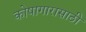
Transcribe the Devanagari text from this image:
कोषागारासाठी